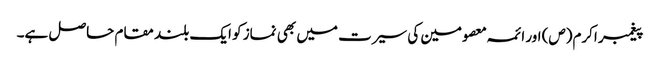
پیغمبر اکرم(ص) اور ائمہ معصومین کی سیرت میں بھی نماز کو ایک بلند مقام حاصل ہے۔